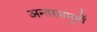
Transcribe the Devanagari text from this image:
अन्तरसमूहों